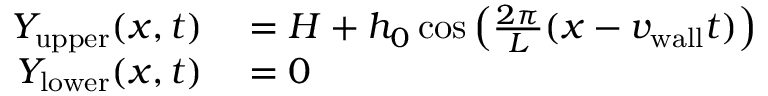
\begin{array} { r l } { Y _ { \mathrm { u p p e r } } ( x , t ) } & { { } = H + h _ { 0 } \cos \left( \frac { 2 \pi } { L } ( x - { v _ { \mathrm { w a l l } } } t ) \right) } \\ { Y _ { \mathrm { l o w e r } } ( x , t ) } & { { } = 0 } \end{array}